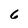
Character: 6